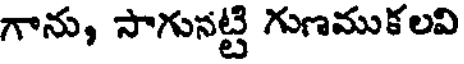
గాను, సాగునట్టి గుణముకలవి